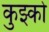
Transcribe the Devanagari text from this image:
कुझ्को